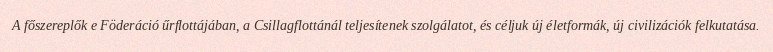
A főszereplők e Föderáció űrflottájában, a Csillagflottánál teljesítenek szolgálatot, és céljuk új életformák, új civilizációk felkutatása.